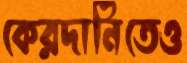
কেরদানিতেও